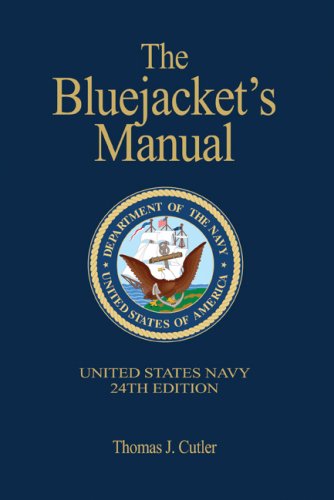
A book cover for The Bluejacket's Manual, 24th Edition; Thomas J. Cutler; History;